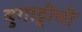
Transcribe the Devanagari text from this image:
बुगाट्टीची